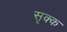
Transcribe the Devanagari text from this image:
सृक्क